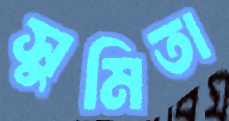
সুমিতা